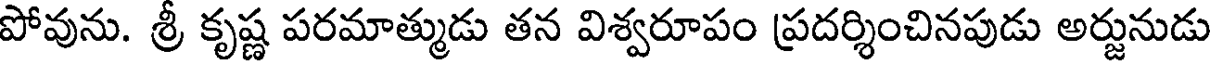
పోవును. శ్రీ కృష్ణ పరమాత్ముడు తన విశ్వరూపం ప్రదర్శించినపుడు అర్జునుడు